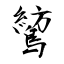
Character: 鶭